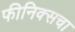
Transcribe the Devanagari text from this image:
फीनिक्सचा